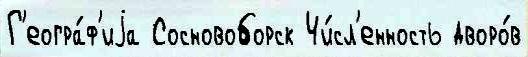
Г'еогра́ф'иjа Сосновоборск Чи́сл'енность дворо́в